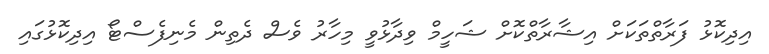
އިދިކޮޅު ފަރާތްތަކަށް އިޝާރާތްކޮށް ޝަހީމް ވިދާޅުވީ މިހާރު ވެސް ދެތިން މެނިފެސްޓޯ އިދިކޮޅުގައި